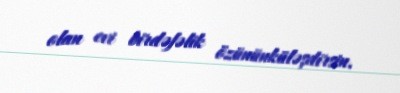
olan evi birdəfəlik özününküləşdirsin.